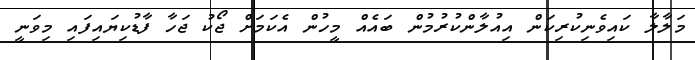
މަލާލާ ކައިވެނިކުރިކަން އިއުލާންކުރުމުން ބައެއް މީހުން އެކަމަށް ޖޯކު ޖަހާ ފާޑުކިޔައިފައި މިވަނީ